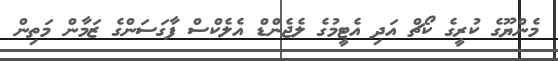
މެންޔޫގެ ކުރީގެ ކޯޗް އަދި އެޓީމުގެ ލެޖެންޑް އެލެކްސް ފާގަސަންގެ ޒަމާން މަތިން